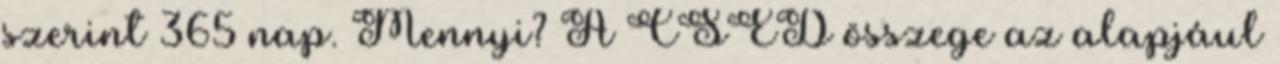
szerint 365 nap. Mennyi? A CSED összege az alapjául